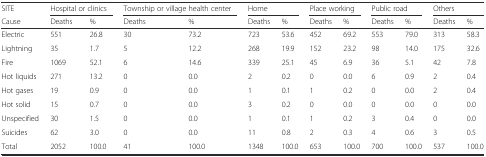
<table><thead><tr><td><b>SITE</b></td><td colspan="2"><b>Hospital or clinics</b></td><td colspan="2"><b>Township or village health center</b></td><td colspan="2"><b>Home</b></td><td colspan="2"><b>Place working</b></td><td colspan="2"><b>Public road</b></td><td colspan="2"><b>Others</b></td></tr><tr><td><b>Cause</b></td><td><b>Deaths</b></td><td><b>%</b></td><td><b>Deaths</b></td><td><b>%</b></td><td><b>Deaths</b></td><td><b>%</b></td><td><b>Deaths</b></td><td><b>%</b></td><td><b>Deaths</b></td><td><b>%</b></td><td><b>Deaths</b></td><td><b>%</b></td></tr></thead><tbody><tr><td>Electric</td><td>551</td><td>26.8</td><td>30</td><td>73.2</td><td>723</td><td>53.6</td><td>452</td><td>69.2</td><td>553</td><td>79.0</td><td>313</td><td>58.3</td></tr><tr><td>Lightning</td><td>35</td><td>1.7</td><td>5</td><td>12.2</td><td>268</td><td>19.9</td><td>152</td><td>23.2</td><td>98</td><td>14.0</td><td>175</td><td>32.6</td></tr><tr><td>Fire</td><td>1069</td><td>52.1</td><td>6</td><td>14.6</td><td>339</td><td>25.1</td><td>45</td><td>6.9</td><td>36</td><td>5.1</td><td>42</td><td>7.8</td></tr><tr><td>Hot liquids</td><td>271</td><td>13.2</td><td>0</td><td>0.0</td><td>2</td><td>0.2</td><td>0</td><td>0.0</td><td>6</td><td>0.9</td><td>2</td><td>0.4</td></tr><tr><td>Hot gases</td><td>19</td><td>0.9</td><td>0</td><td>0.0</td><td>1</td><td>0.1</td><td>1</td><td>0.2</td><td>0</td><td>0.0</td><td>2</td><td>0.4</td></tr><tr><td>Hot solid</td><td>15</td><td>0.7</td><td>0</td><td>0.0</td><td>3</td><td>0.2</td><td>0</td><td>0.0</td><td>0</td><td>0.0</td><td>0</td><td>0.0</td></tr><tr><td>Unspecified</td><td>30</td><td>1.5</td><td>0</td><td>0.0</td><td>1</td><td>0.1</td><td>1</td><td>0.2</td><td>3</td><td>0.4</td><td>0</td><td>0.0</td></tr><tr><td>Suicides</td><td>62</td><td>3.0</td><td>0</td><td>0.0</td><td>11</td><td>0.8</td><td>2</td><td>0.3</td><td>4</td><td>0.6</td><td>3</td><td>0.5</td></tr><tr><td>Total</td><td>2052</td><td>100.0</td><td>41</td><td>100.0</td><td>1348</td><td>100.0</td><td>653</td><td>100.0</td><td>700</td><td>100.0</td><td>537</td><td>100.0</td></tr></tbody></table>